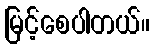
မြင့်စေပါတယ်။